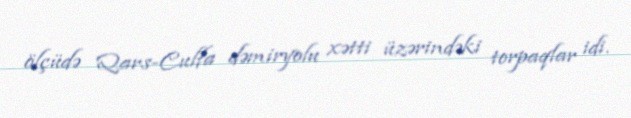
ölçüdə Qars-Culfa dəmiryolu xətti üzərindəki torpaqlar idi.